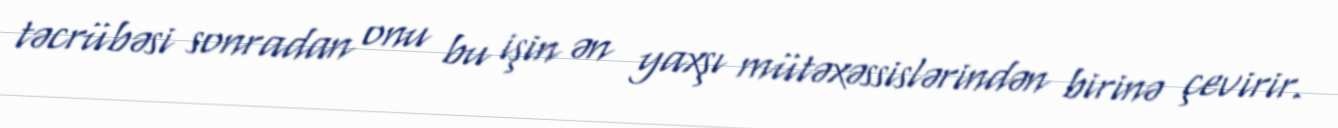
təcrübəsi sonradan onu bu işin ən yaxşı mütəxəssislərindən birinə çevirir.